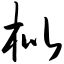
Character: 枇